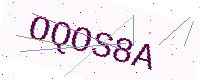
Text: OQOS8A